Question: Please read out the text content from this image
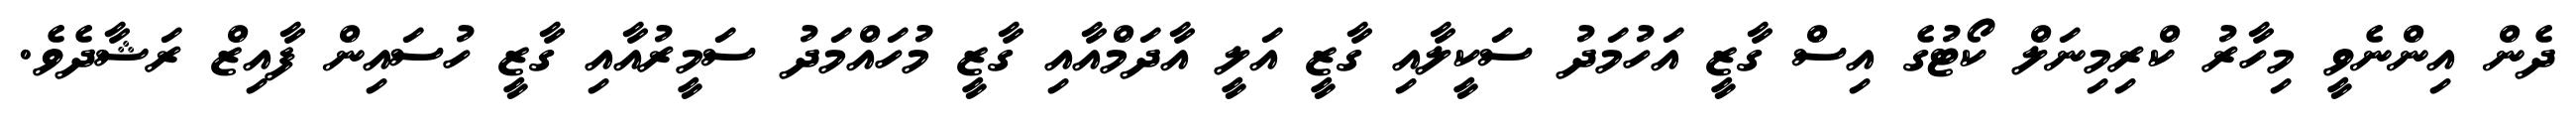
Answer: ދެން އިންނެވީ މިހާރު ކްރިމިނަލް ކޯޓުގެ އިސް ގާޒީ އަހުމަދު ސަކީލާއި ގާޒީ އަލީ އާދަމްއާއި ގާޒީ މުހައްމަދު ސަމީރުއާއި ގާޒީ ހުސައިން ފާއިޒް ރަޝާދެވެ.